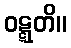
ဝဋ္ဋတိ။